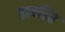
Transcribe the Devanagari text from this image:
डायरित